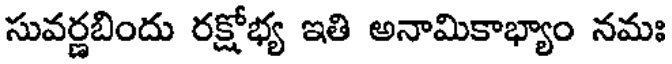
సువర్ణబిందు రక్షోభ్య ఇతి అనామికాభ్యాం నమః